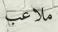
ملاعب